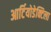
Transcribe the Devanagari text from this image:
आर्टियोडेक्टिला